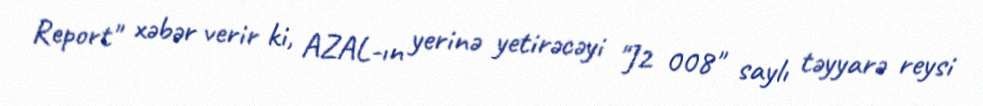
Report" xəbər verir ki, AZAL-ın yerinə yetirəcəyi "J2 008" saylı təyyarə reysi